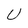
Character: U